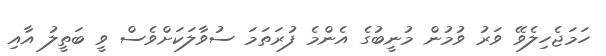
ހަމަޖެހިލެވޭ ވަރު ވުމުން މުނީބުގެ އެންމެ ފުރަތަމަ ސުވާލަކަށްވެސް ވީ ބަތީލު އާއި